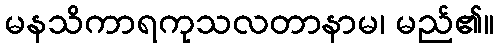
မနသိကာရကုသလတာနာမ၊ မည်၏။